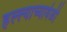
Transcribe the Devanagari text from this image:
हल्ल्याच्यावेळी